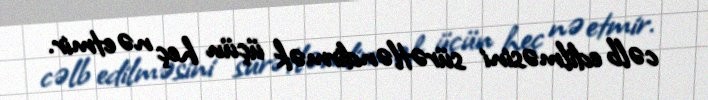
cəlb edilməsini sürətləndirmək üçün heç nə etmir.